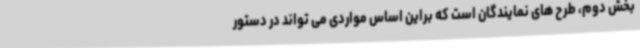
بخش دوم، طرح های نمایندگان است که براین اساس مواردی می تواند در دستور